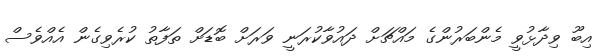
އިބޫ ވިދާޅުވީ މެންބަރުންގެ މައްޗަށް ދައުވާކުރަނީ ވަރަށް ބޮޑަށް ތަފާތު ކުރެވިގެން އެއްވެސް